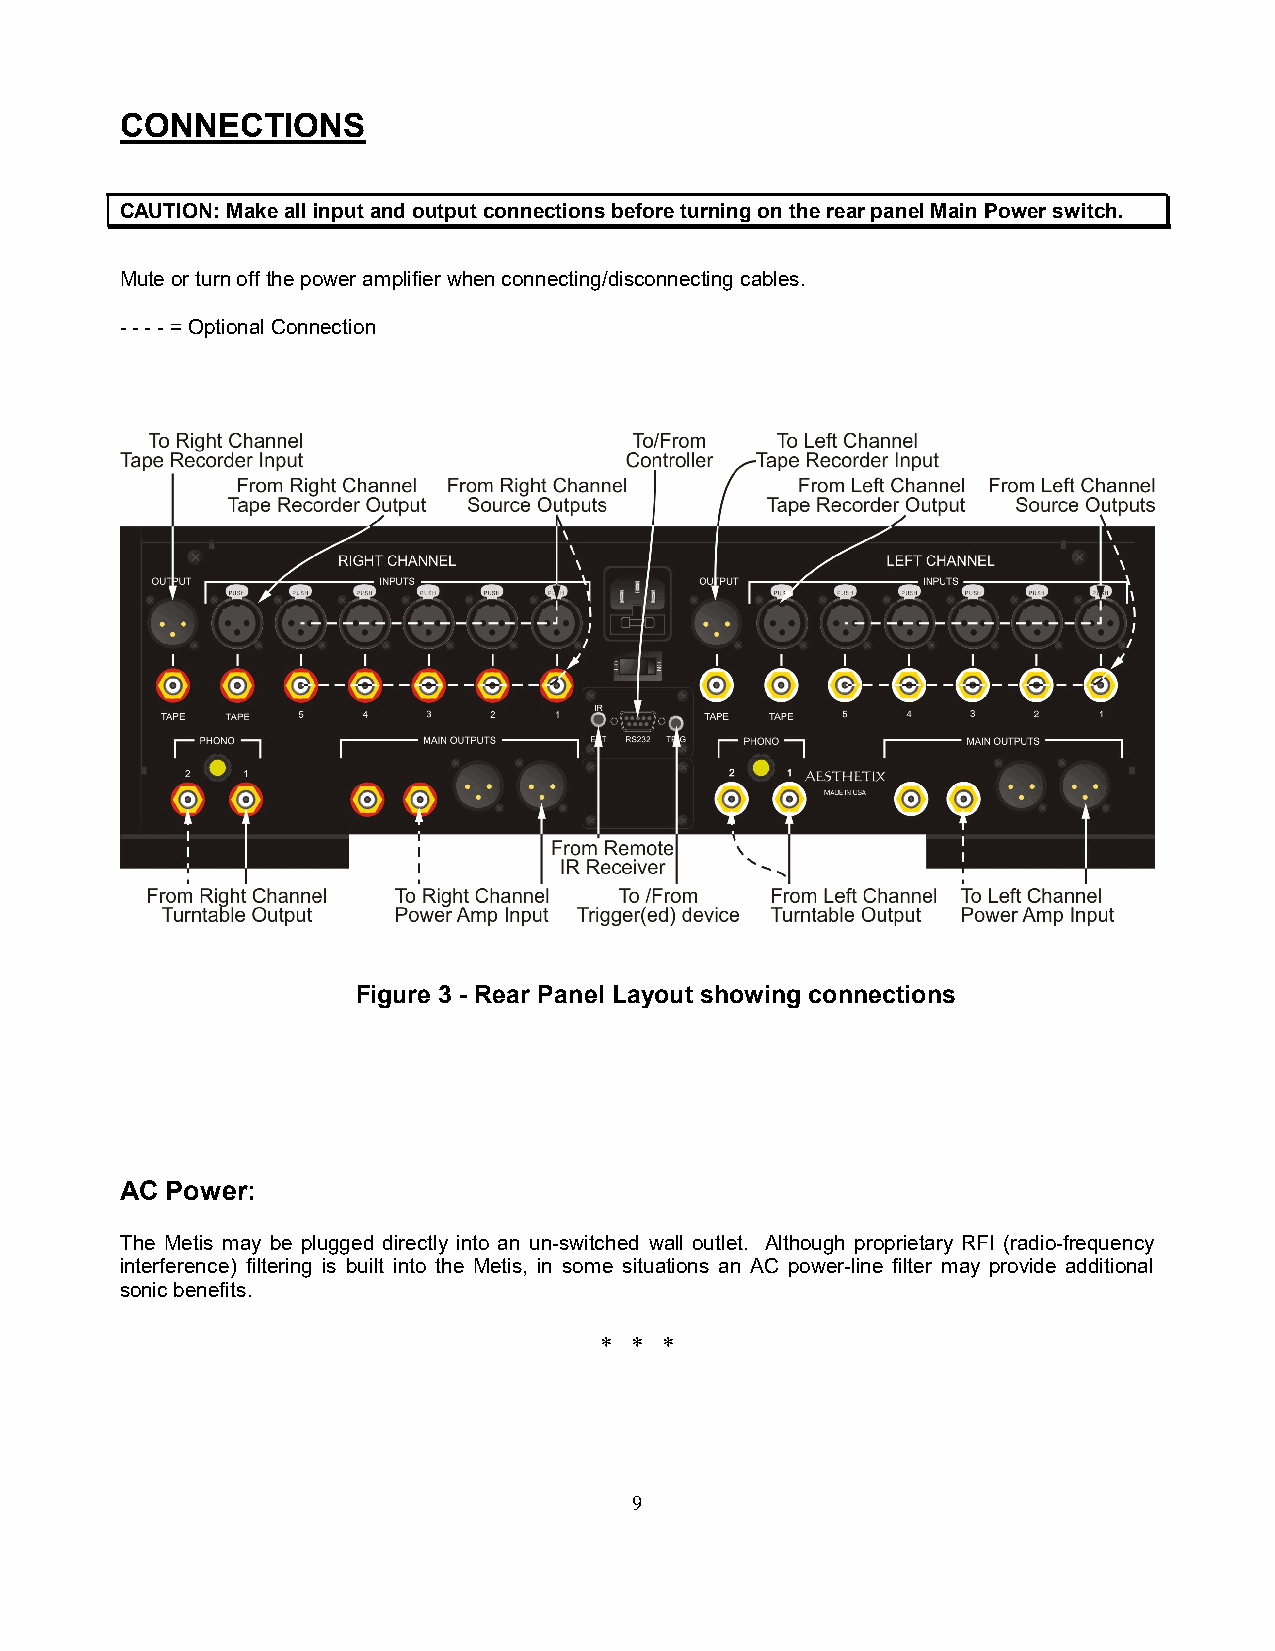
CONNECTIONS
 CAUTION: Make all input and output connections before turning on the rear panel Main Power switch.
 Mute or turn off the power amplifier when connecting/disconnecting cables.
 - - - - = Optional Connection
 Figure 3 - Rear Panel Layout showing connections
 AC Power:
 The Metis may be plugged directly into an un-switched wall outlet. Although proprietary RFI (radio-frequency
 interference) filtering is built into the Metis, in some situations an AC power-line filter may provide additional
 sonic benefits.
 * * *
 9